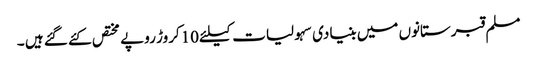
مسلم قبرستانوں میں بنیادی سہولیات کیلئے10کروڑ روپے مختص کئے گئے ہیں ۔